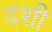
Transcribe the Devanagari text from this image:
दशी